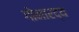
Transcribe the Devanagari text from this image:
गोनारद्य